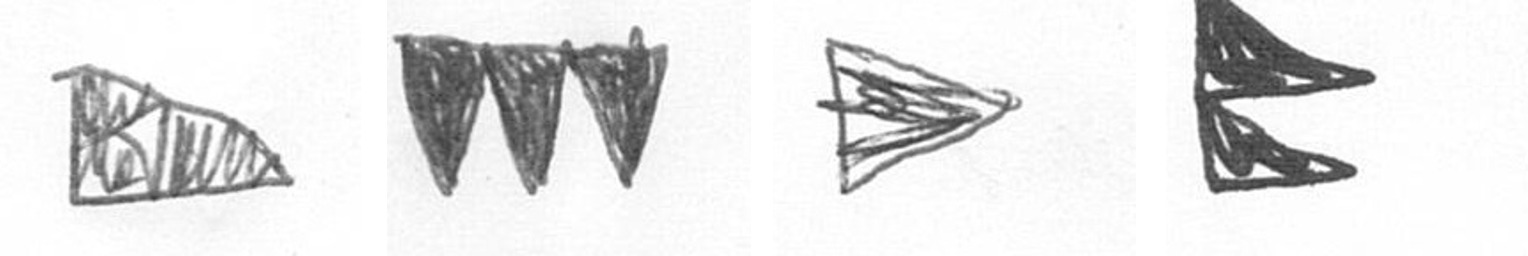
K L T P